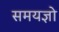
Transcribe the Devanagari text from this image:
समयज्ञो